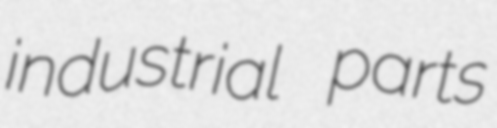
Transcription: industrial parts